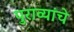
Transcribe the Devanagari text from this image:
पुराव्यांचे